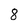
Character: 8